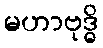
မဟာဗုဒ္ဓိ